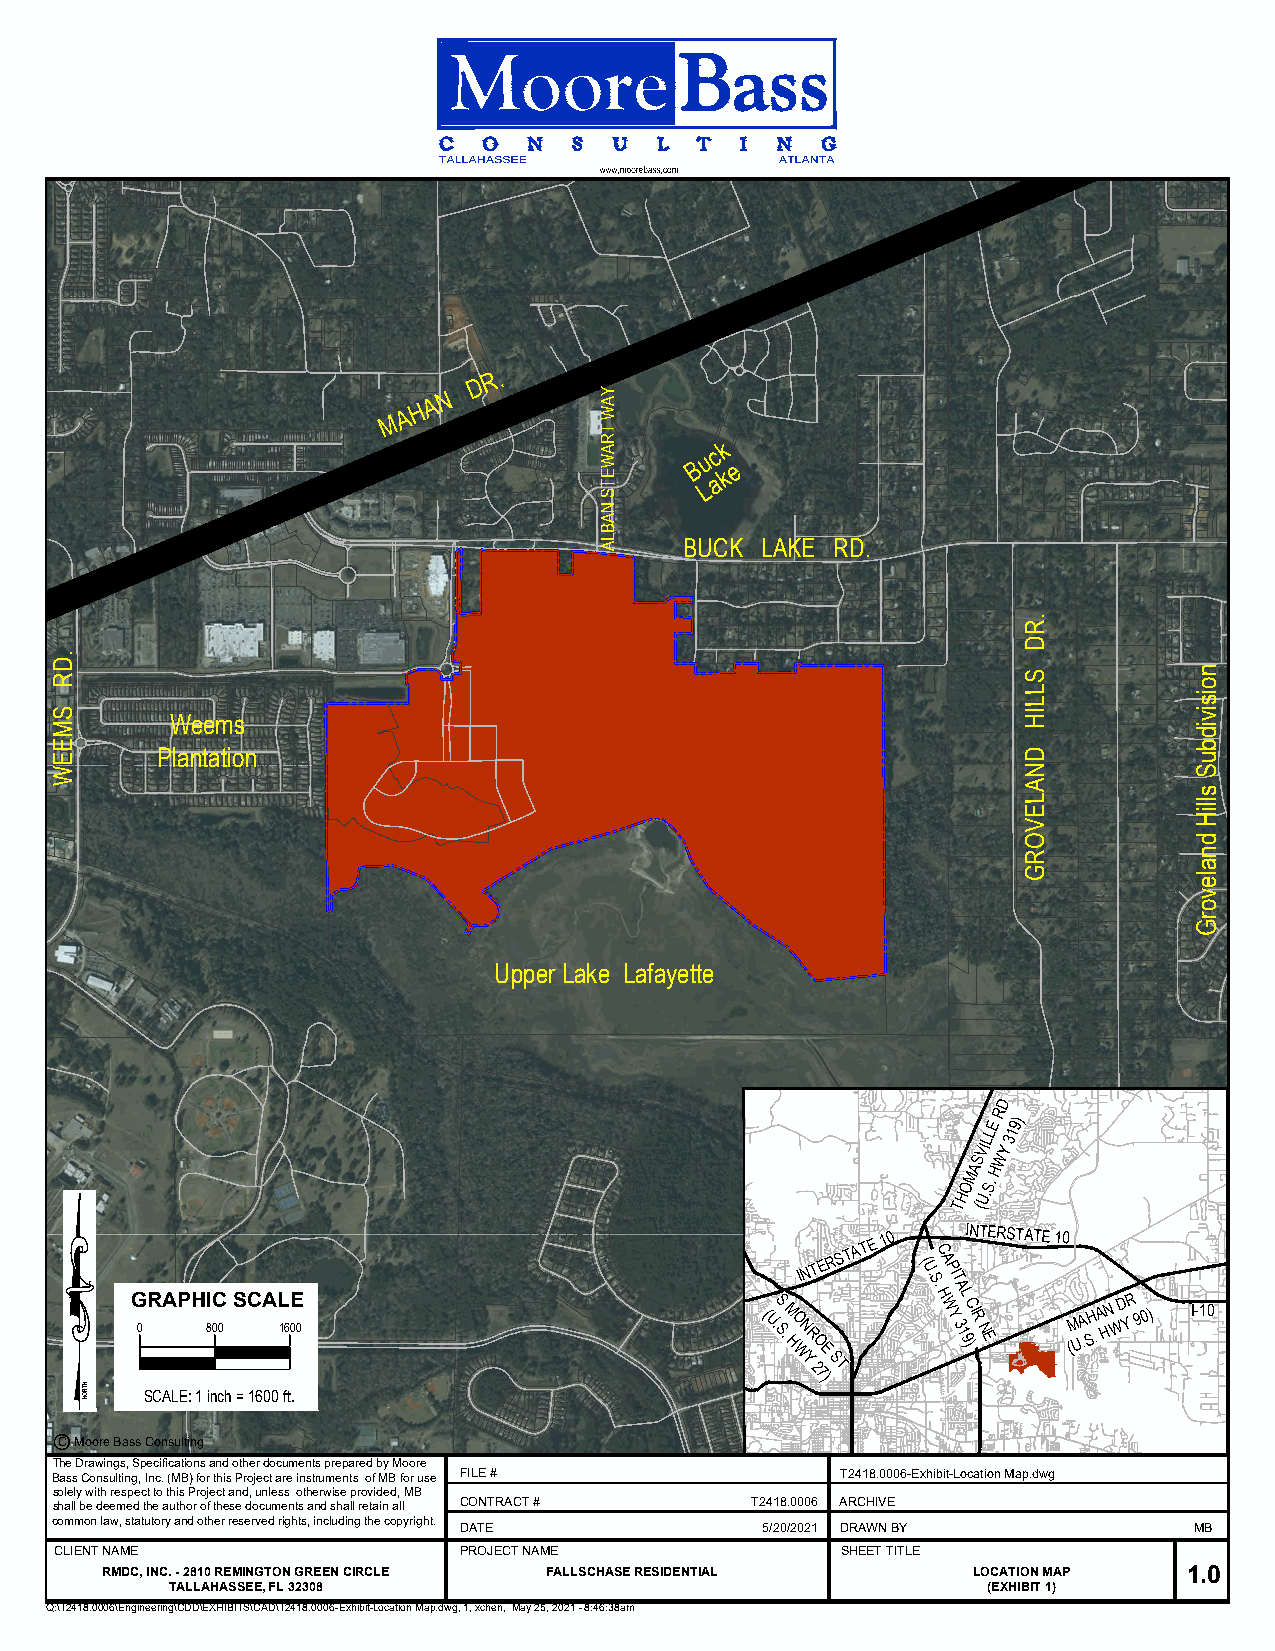
Bassi
 M A H A N
 D
 R.
 uck
 B e
 ak
 L
 BUCK LAKE RD.
 .R
 D
 .D
 R                                                               S
 S
 M      Weems
 L
 L
 IH
 E
 E     Plantation                                                D
 W                                                               N
 A
 L
 E
 V
 O
 R
 G
 Upper Lake Lafayette
 D
 R
 E 9)
 L 1
 L 3
 VI Y
 S W
 OMA
 S.
 H
 H U.
 T (
 IN T E R S T A T E 1 0 ( U.C A PI INTERSTATE 10
 G 0 RAPHI 80C 0 SCAL 160E 0              ( U. SS . M HO WN YR 2O
 7E
 )
 ST
 S.
 H W
 YT
 3A
 1L 9 )CI R N E (M UA .SH . A HN W D YR 9 0) I-10
 SCALE: 1 inch = 1600 ft.
 C Moore Bass Consulting
 The Drawings, Specifications and other documents prepared by Moore
 Bass Consulting, Inc. (MB) for this Project are instruments of MB for use FILE # T2418.0006-Exhibit-Location Map.dwg
 solely with respect to this Project and, unless otherwise provided, MB
 shall be deemed the author of these documents and shall retain all CONTRACT # T2418.0006 ARCHIVE
 common law, statutory and other reserved rights, including the copyright.
 DATE                5/20/2021 DRAWN BY           MB
 CLIENT NAME               PROJECT NAME              SHEET TITLE
 RMDC, INC. - 2810 REMINGTON GREEN CIRCLE FALLSCHASE RESIDENTIAL LOCATION MAP 1.0
 TALLAHASSEE, FL 32308                                 (EXHIBIT 1)
 Q:\T2418.0006\Engineering\CDD\EXHIBITS\CAD\T2418.0006-Exhibit-Location Map.dwg, 1, xchen, May 25, 2021 - 8:46:38am
 HTRON
 YAW
 TRAWETS
 NABLA
 noisividbuS
 slliH
 dnalevorG